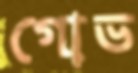
গোভ